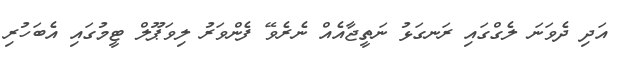
އަދި ދެވަނަ ލެގްގައި ރަނގަޅު ނަތީޖާއެއް ނެރެވޭ ފެންވަރު ލިވަޕޫލް ޓީމުގައި އެބަހުރި